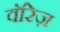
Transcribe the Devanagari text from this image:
वॉरेज़